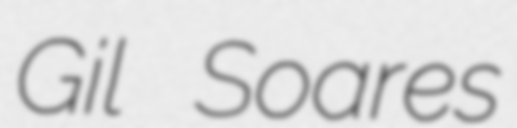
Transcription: Gil Soares